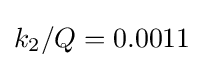
k_{2}/Q=0.0011